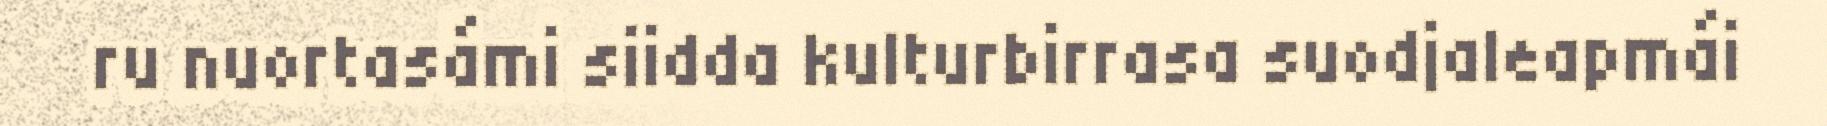
ru nuortasámi siidda kulturbirrasa suodjaleapmái